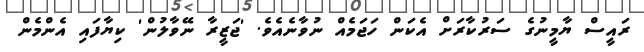
ރައީސް ޔާމީނުގެ ސަރުކާރަށް އެކަން ހަޖަމެއް ނުވާނެއެވެ. 'ޖަޒީރާ ނޭވާލުން' ކިޔާފައި އެންމެން